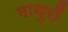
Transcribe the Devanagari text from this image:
माथुरीं